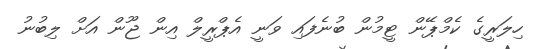
ހިލަރީގެ ކެމްޕޭން ޓީމުން ބުނެފައި ވަނީ އެޕްރީލް އިން ޖޫން އަށް ލިބުނު